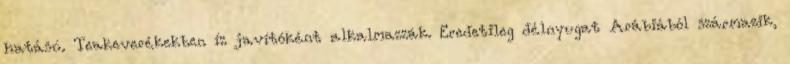
hatású. Teakeverékekben íz javítóként alkalmazzák. Eredetileg délnyugat Arábiából származik,